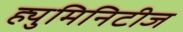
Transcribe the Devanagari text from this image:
ह्युमिनिटीज